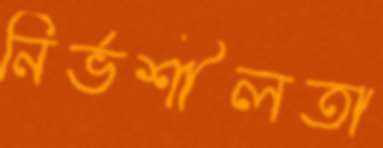
নির্ভশীলতা